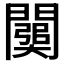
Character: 𨶥